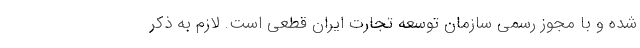
شده و با مجوز رسمی سازمان توسعه تجارت ایران قطعی است. لازم به ذکر